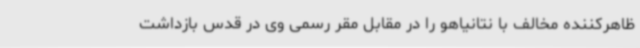
ظاهرکننده مخالف با نتانیاهو را در مقابل مقر رسمی وی در قدس بازداشت